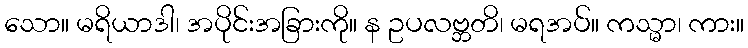
သော။ မရိယာဒါ၊ အပိုင်းအခြားကို။ န ဥပလဗ္ဘတိ၊ မရအပ်။ ကသ္မာ၊ ကား။